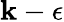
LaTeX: \mathbf{k}-\epsilon